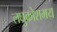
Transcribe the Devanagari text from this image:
लघुकोशमय